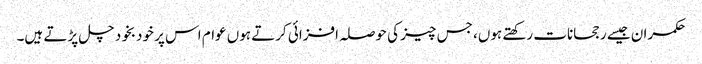
حکمران جیسے رجحانات رکھتے ہوں، جس چیز کی حوصلہ افزائی کرتے ہوں عوام اس پر خودبخود چل پڑتے ہیں۔